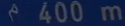
m400 m